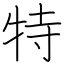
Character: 特